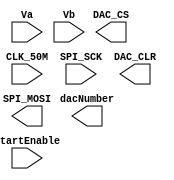
/**********************/
/* Timing description */
/**********************/
// clock	period		frequency	note
// CLK_50M	20 ns		50 MHz
// SPI_SCK	160 ns		6.25 MHz	generated from CLK_50M via Module_FrequencyDivider with period = 4
// DAC_CS	5.28 us		189.394 kHz	generated from SPI_SCK via DAC_Driver, that requires 33 clk cycles
//						for each of the two DACs (160 * 33 = 5.28 us)
// Consequently each DAC is refreshed each 66 SPI_SCK cycles
//		10.56 us	94.697 kHz

/**************/
/* Conversion */
/**************/
//
// Vout = 3.3 V * nDAC / 2^12

module DAC_Driver	(	CLK_50M,
				SPI_SCK,
				Va, Vb,
				startEnable,

				SPI_MOSI, DAC_CS, DAC_CLR,
				dacNumber
			);

input		CLK_50M;
input		SPI_SCK;
input	[11:0]	Va;
input	[11:0]	Vb;
input		startEnable;

output		SPI_MOSI;
output		DAC_CS;
output		DAC_CLR;
output		dacNumber;

endmodule